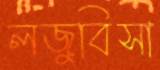
লজুবিসা